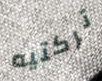
تركتيه